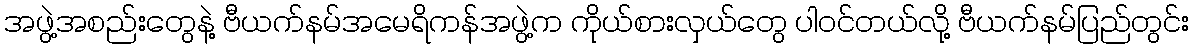
အဖွဲ့အစည်းတွေနဲ့ ဗီယက်နမ်အမေရိကန်အဖွဲ့က ကိုယ်စားလှယ်တွေ ပါဝင်တယ်လို့ ဗီယက်နမ်ပြည်တွင်း